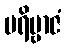
ပရိဗ္ဗာဇံ